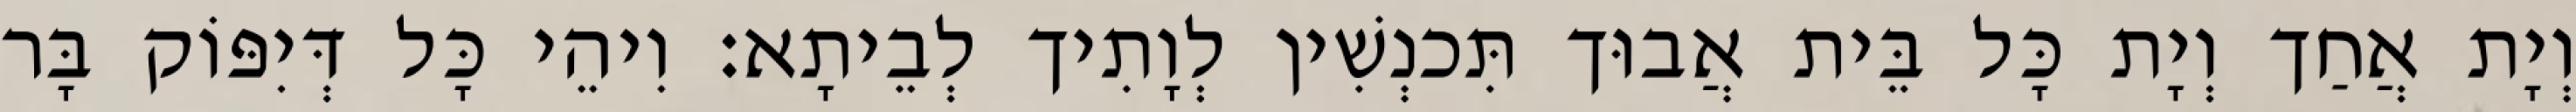
וְיָת אֲחַך וְיָת כָּל בֵּית אֲבוּך תִּכנְשִׁין לְוָתִיך לְבֵיתָא׃ וִיהֵי כָּל דְּיִפּוֹק בָּר